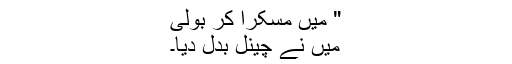
" میں مسکرا کر بولی
میں نے چینل بدل دیا۔